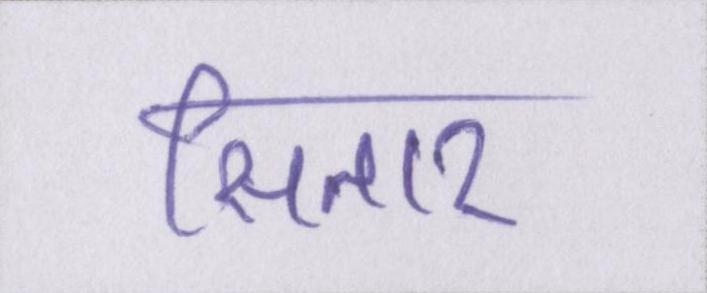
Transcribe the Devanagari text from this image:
सितार